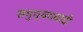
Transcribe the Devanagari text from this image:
समुच्चयवादी